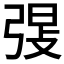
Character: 𫸸